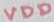
Text: VDD